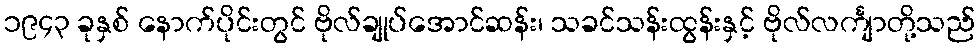
၁၉၄၃ ခုနှစ် နောက်ပိုင်းတွင် ဗိုလ်ချုပ်အောင်ဆန်း၊ သခင်သန်းထွန်းနှင့် ဗိုလ်လင်္ကျာတို့သည်